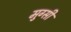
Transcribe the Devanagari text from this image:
मुग्सी